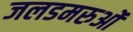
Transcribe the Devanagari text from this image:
जलडमरुओं